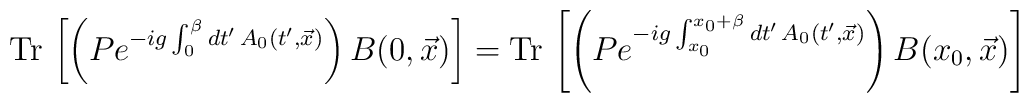
{\rm Tr}\,\left[\left(P e^{-ig\int_{0}^{\beta}      dt'\,A_{0}(t',\vec{x})}\right)B(0,\vec{x})\right] = {\rm      Tr}\,\left[\left(P e^{-ig\int_{x_{0}}^{x_{0}+\beta}      dt'\,A_{0}(t',\vec{x})}\right)B(x_{0},\vec{x})\right]